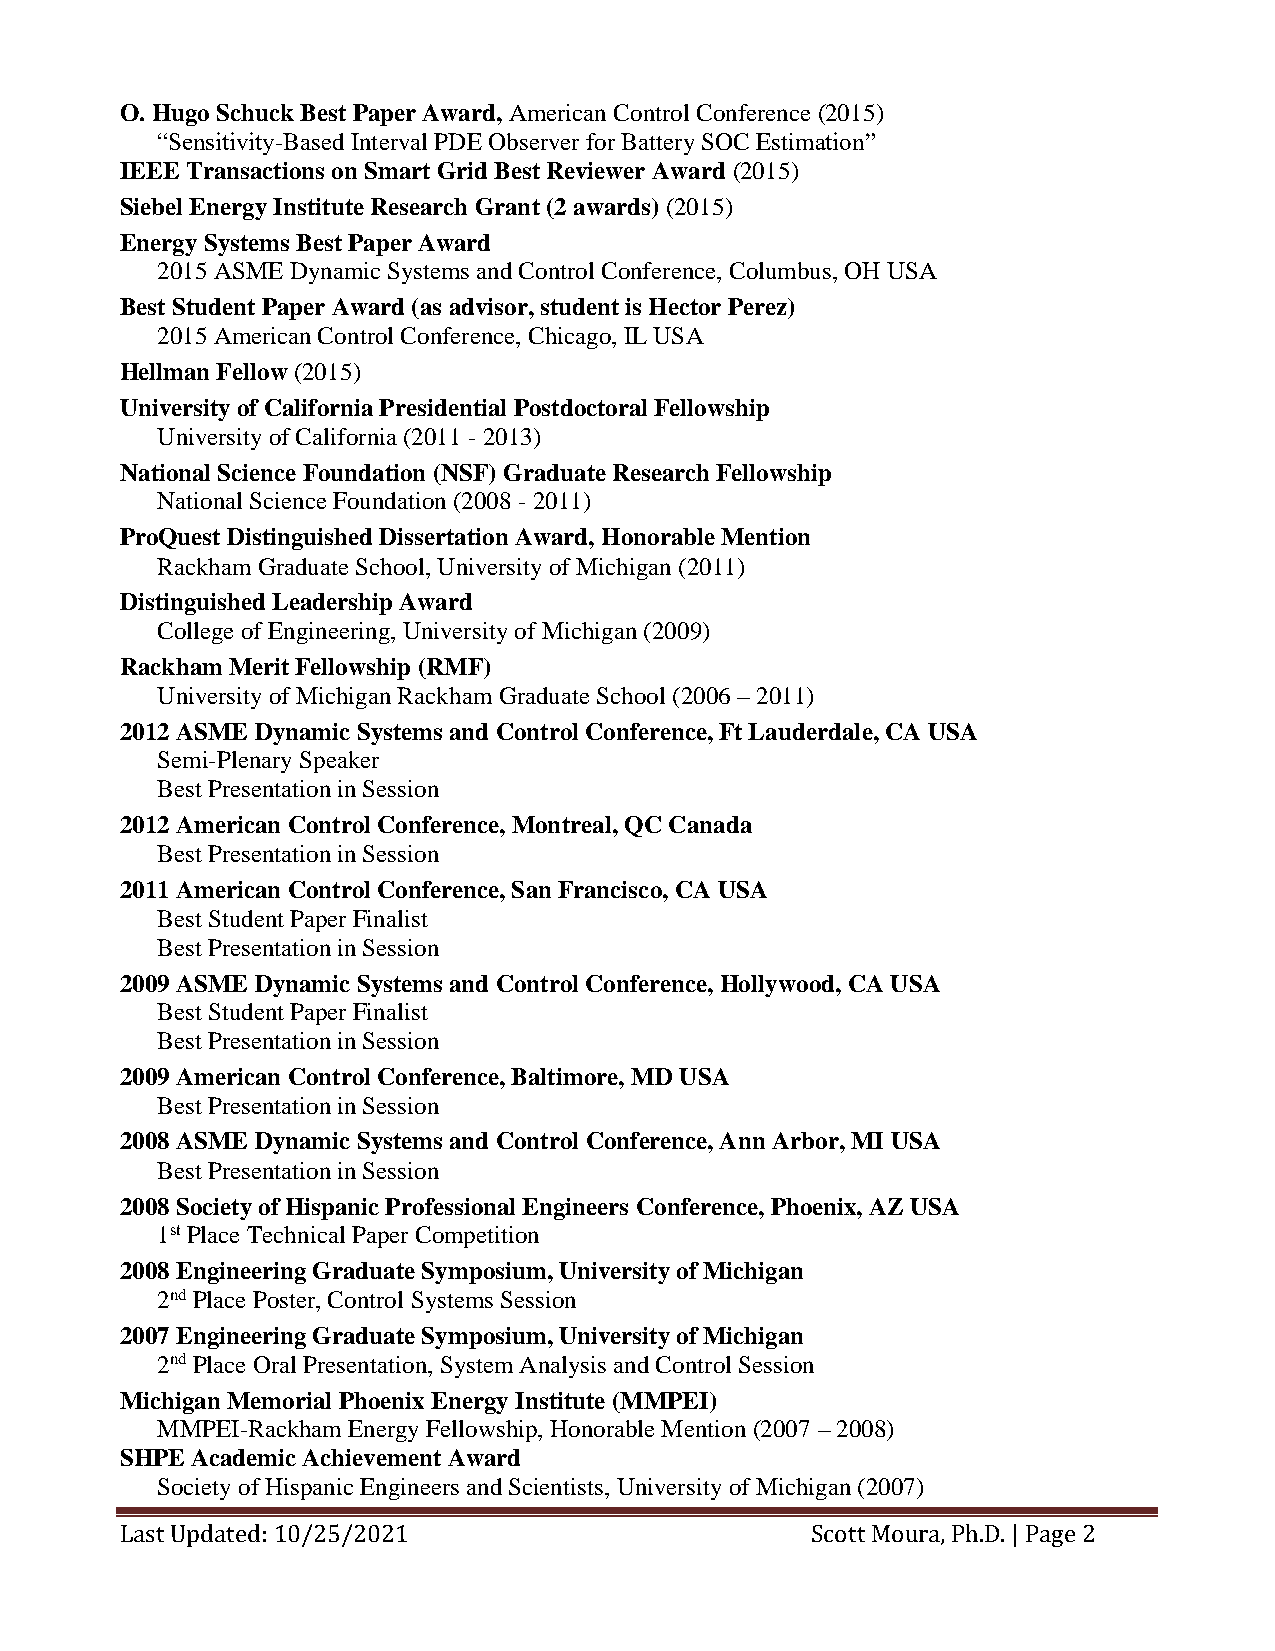
O. Hugo Schuck Best Paper Award, American Control Conference (2015)
 “Sensitivity-Based Interval PDE Observer for Battery SOC Estimation”
 IEEE Transactions on Smart Grid Best Reviewer Award (2015)
 Siebel Energy Institute Research Grant (2 awards) (2015)
 Energy Systems Best Paper Award
 2015 ASME Dynamic Systems and Control Conference, Columbus, OH USA
 Best Student Paper Award (as advisor, student is Hector Perez)
 2015 American Control Conference, Chicago, IL USA
 Hellman Fellow (2015)
 University of California Presidential Postdoctoral Fellowship
 University of California (2011 - 2013)
 National Science Foundation (NSF) Graduate Research Fellowship
 National Science Foundation (2008 - 2011)
 ProQuest Distinguished Dissertation Award, Honorable Mention
 Rackham Graduate School, University of Michigan (2011)
 Distinguished Leadership Award
 College of Engineering, University of Michigan (2009)
 Rackham Merit Fellowship (RMF)
 University of Michigan Rackham Graduate School (2006 – 2011)
 2012 ASME Dynamic Systems and Control Conference, Ft Lauderdale, CA USA
 Semi-Plenary Speaker
 Best Presentation in Session
 2012 American Control Conference, Montreal, QC Canada
 Best Presentation in Session
 2011 American Control Conference, San Francisco, CA USA
 Best Student Paper Finalist
 Best Presentation in Session
 2009 ASME Dynamic Systems and Control Conference, Hollywood, CA USA
 Best Student Paper Finalist
 Best Presentation in Session
 2009 American Control Conference, Baltimore, MD USA
 Best Presentation in Session
 2008 ASME Dynamic Systems and Control Conference, Ann Arbor, MI USA
 Best Presentation in Session
 2008 Society of Hispanic Professional Engineers Conference, Phoenix, AZ USA
 1st Place Technical Paper Competition
 2008 Engineering Graduate Symposium, University of Michigan
 2nd Place Poster, Control Systems Session
 2007 Engineering Graduate Symposium, University of Michigan
 2nd Place Oral Presentation, System Analysis and Control Session
 Michigan Memorial Phoenix Energy Institute (MMPEI)
 MMPEI-Rackham Energy Fellowship, Honorable Mention (2007 – 2008)
 SHPE Academic Achievement Award
 Society of Hispanic Engineers and Scientists, University of Michigan (2007)
 Last Updated: 10/25/2021                      Scott Moura, Ph.D. | Page 2